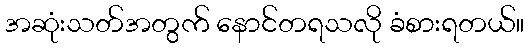
အဆုံးသတ်အတွက် နောင်တရသလို ခံစားရတယ်။